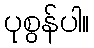
ပုစွန်ပါ။